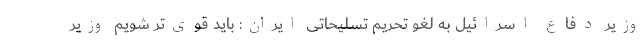
وزیر دفاع اسرائیل به لغو تحریم تسلیحاتی ایران: باید قوی‌تر شویم وزیر